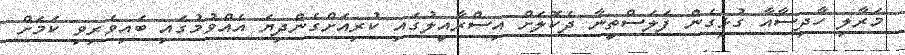
މަރާލި ހާދިސާއާ ގުޅިގެން ފަލަސްތީނާ ދެކޮލަށް އިސްރާއީލުގައި ކުރިއަށްގެންދިޔަ އެއްވުމުގައި ބައިވެރިވި ކަމަށް